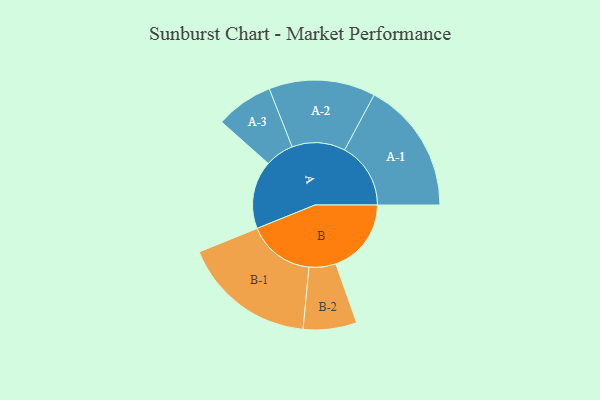
{"axis": {"x": "Segment", "y": "Value"}, "legend": ["", "A", "B"], "data": [{"x": "A", "y": 270, "type": ""}, {"x": "B", "y": 299, "type": ""}, {"x": "A-1", "y": 262, "type": "A"}, {"x": "A-2", "y": 211, "type": "A"}, {"x": "A-3", "y": 114, "type": "A"}, {"x": "B-1", "y": 265, "type": "B"}, {"x": "B-2", "y": 106, "type": "B"}]}